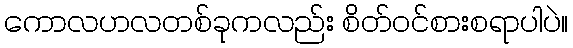
ကောလဟလတစ်ခုကလည်း စိတ်ဝင်စားစရာပါပဲ။